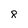
Character: 8